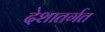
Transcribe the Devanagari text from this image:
देशातर्गत